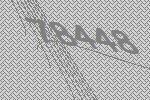
78448